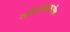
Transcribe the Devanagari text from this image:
जीवनक्षमतेचा